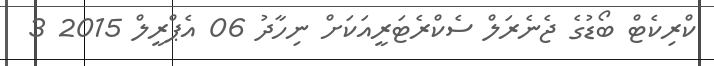
ކްރިކެޓް ބޯޑުގެ ޖެނެރަލް ސެކްރެޓަރީއަކަށް ނިހާދު 06 އެޕްރީލް 2015 3